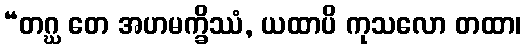
“တဂ္ဃ တေ အဟမက္ခိဿံ, ယထာပိ ကုသလော တထာ၊